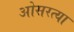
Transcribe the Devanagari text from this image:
ओसरत्या